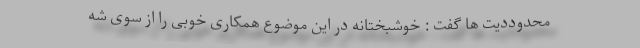
محدوددیت ها گفت : خوشبختانه در این موضوع همکاری خوبی را از سوی شه